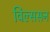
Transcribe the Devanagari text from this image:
विल्ससन